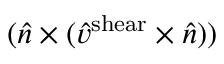
( \hat { n } \times ( \hat { v } ^ { \mathrm { s h e a r } } \times \hat { n } ) )